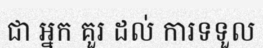
ជា អ្នក គួរ ដល់ ការទទួល